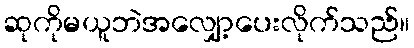
ဆုကိုမယူဘဲအလျှော့ပေးလိုက်သည်။